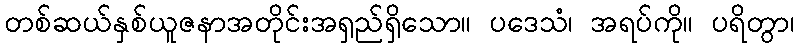
တစ်ဆယ်နှစ်ယူဇနာအတိုင်းအရှည်ရှိသော။ ပဒေသံ၊ အရပ်ကို။ ပရိတွာ၊